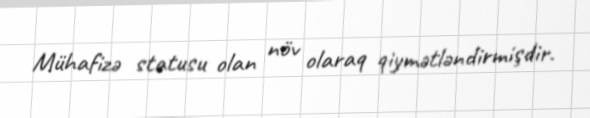
Mühafizə statusu olan növ olaraq qiymətləndirmişdir.